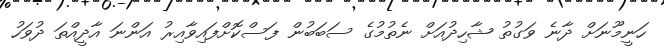
ހަނީމޫނަށް ދާނެ ވަގުތު ޝާހިދުއަށް ނެތުމުގެ ސަބަބުން ފަސްކޮށްފައިވާއިރު އަންނަ އާދީއްތަ ދުވަހު